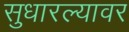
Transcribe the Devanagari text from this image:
सुधारल्यावर